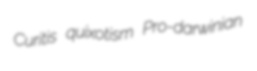
Curitis quixotism Pro-darwinian